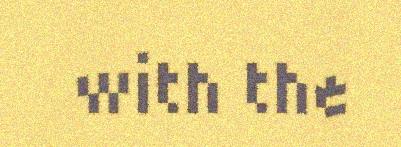
with the